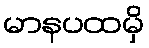
မာနပထမှိ